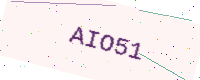
Text: AIO51